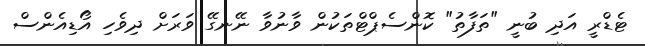
ޓެޑްރީ އަދި ބުނީ "ތަފާތު" ކޮންސެޕްޓްތަކުން ވާނުވާ ނޭނގޭ ވަރަށް ދިވެހި އޯޑިއެންސް